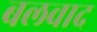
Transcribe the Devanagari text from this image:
बलवाद